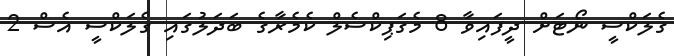
ގެލަކްސީ ނޯޓަށް ދީފައިވާ 8 މެގަޕިކްސެލް ކެމެރާގެ ބަދަލުގައި ގެލަކްސީ އެސް 2